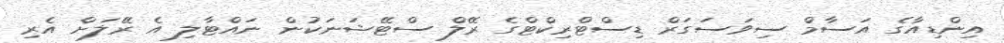
އިންޑިއާގެ އަސާމް ސިވަސަގަރް ޑިސްޓްރިކްޓްގެ ރޭލް ސްޓޭޝަނަކުން ނައްޓާލި އެ ރޭލަށް އެރި